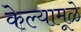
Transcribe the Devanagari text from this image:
केल्यामूळे